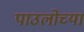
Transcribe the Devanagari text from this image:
पाउलोच्या